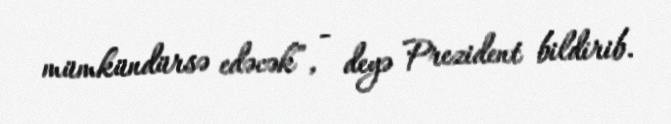
mümkündürsə edəcək”, - deyə Prezident bildirib.